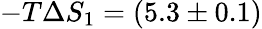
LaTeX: -T\Delta S_{1}=(5.3\pm 0.1)